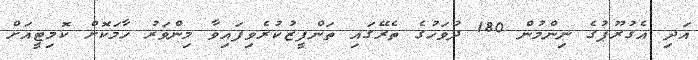
އަދި އެގުރޫޕުގެ ނިންމުން 180 ދުވަހުގެ ތެރޭގައި ތަންފީޒުކުރެވިފައިވާ މިންވަރު ހާމަކޮށް ކޮމިޓީއަށް